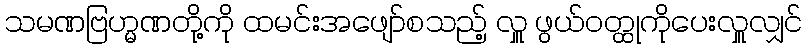
သမဏဗြဟ္မဏတို့ကို ထမင်းအဖျော်စသည့် လှူ ဖွယ်ဝတ္ထုကိုပေးလှူလျှင်